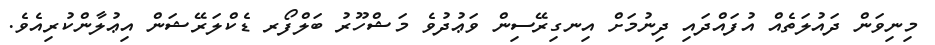
މިނިވަން ދައުލަތެއް އުފައްދައި ދިނުމަށް އިނގިރޭސިން ވަޢުދުވެ މަޝްހޫރު ބަލްފޯރ ޑެކްލަރޭޝަން އިޢުލާންކުރިއެވެ.